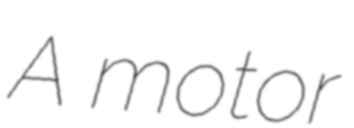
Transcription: A motor